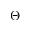
\Theta